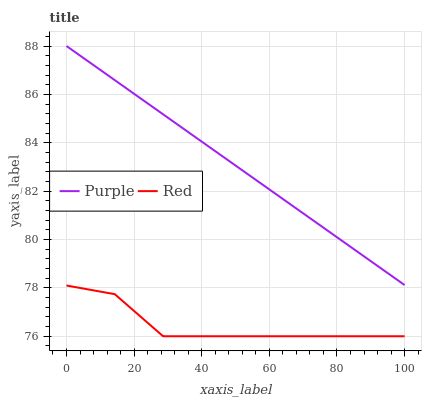
| xaxis_label | Purple | Red |
 | --- | --- | --- |
 | 0 | 88 | 78.1 |
 | 14.3 | 86.6 | 77.7 |
 | 28.6 | 85.2 | 76 |
 | 42.9 | 83.8 | 76 |
 | 57.1 | 82.4 | 76 |
 | 71.4 | 80.9 | 76 |
 | 85.7 | 79.5 | 76 |
 | 100 | 78.1 | 76 |